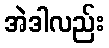
အဲဒါလည်း